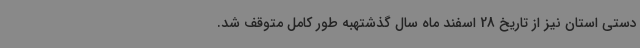
دستی استان نیز از تاریخ 28 اسفند ماه سال گذشتهبه طور کامل متوقف شد.